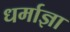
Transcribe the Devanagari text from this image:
धर्माज्ञा